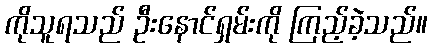
ကိုသူရသည် ဦးနောင်ရှမ်းကို ကြည့်ခဲ့သည်။